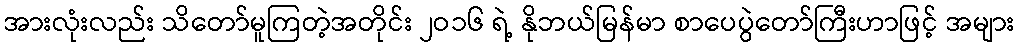
အားလုံးလည်း သိတော်မူကြတဲ့အတိုင်း ၂ဝ၁၆ ရဲ့ နိုဘယ်မြန်မာ စာပေပွဲတော်ကြီးဟာဖြင့် အများ